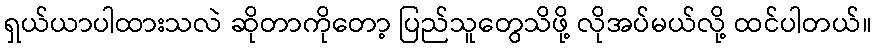
ရှယ်ယာပါထားသလဲ ဆိုတာကိုတော့ ပြည်သူတွေသိဖို့ လိုအပ်မယ်လို့ ထင်ပါတယ်။